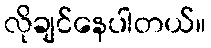
လိုချင်နေပါတယ်။